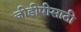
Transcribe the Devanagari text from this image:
जीडीपीसाठी